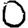
Digit: 0